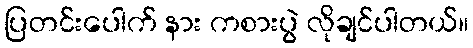
ပြတင်းပေါက် နား ကစားပွဲ လိုချင်ပါတယ်။